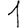
Digit: 1